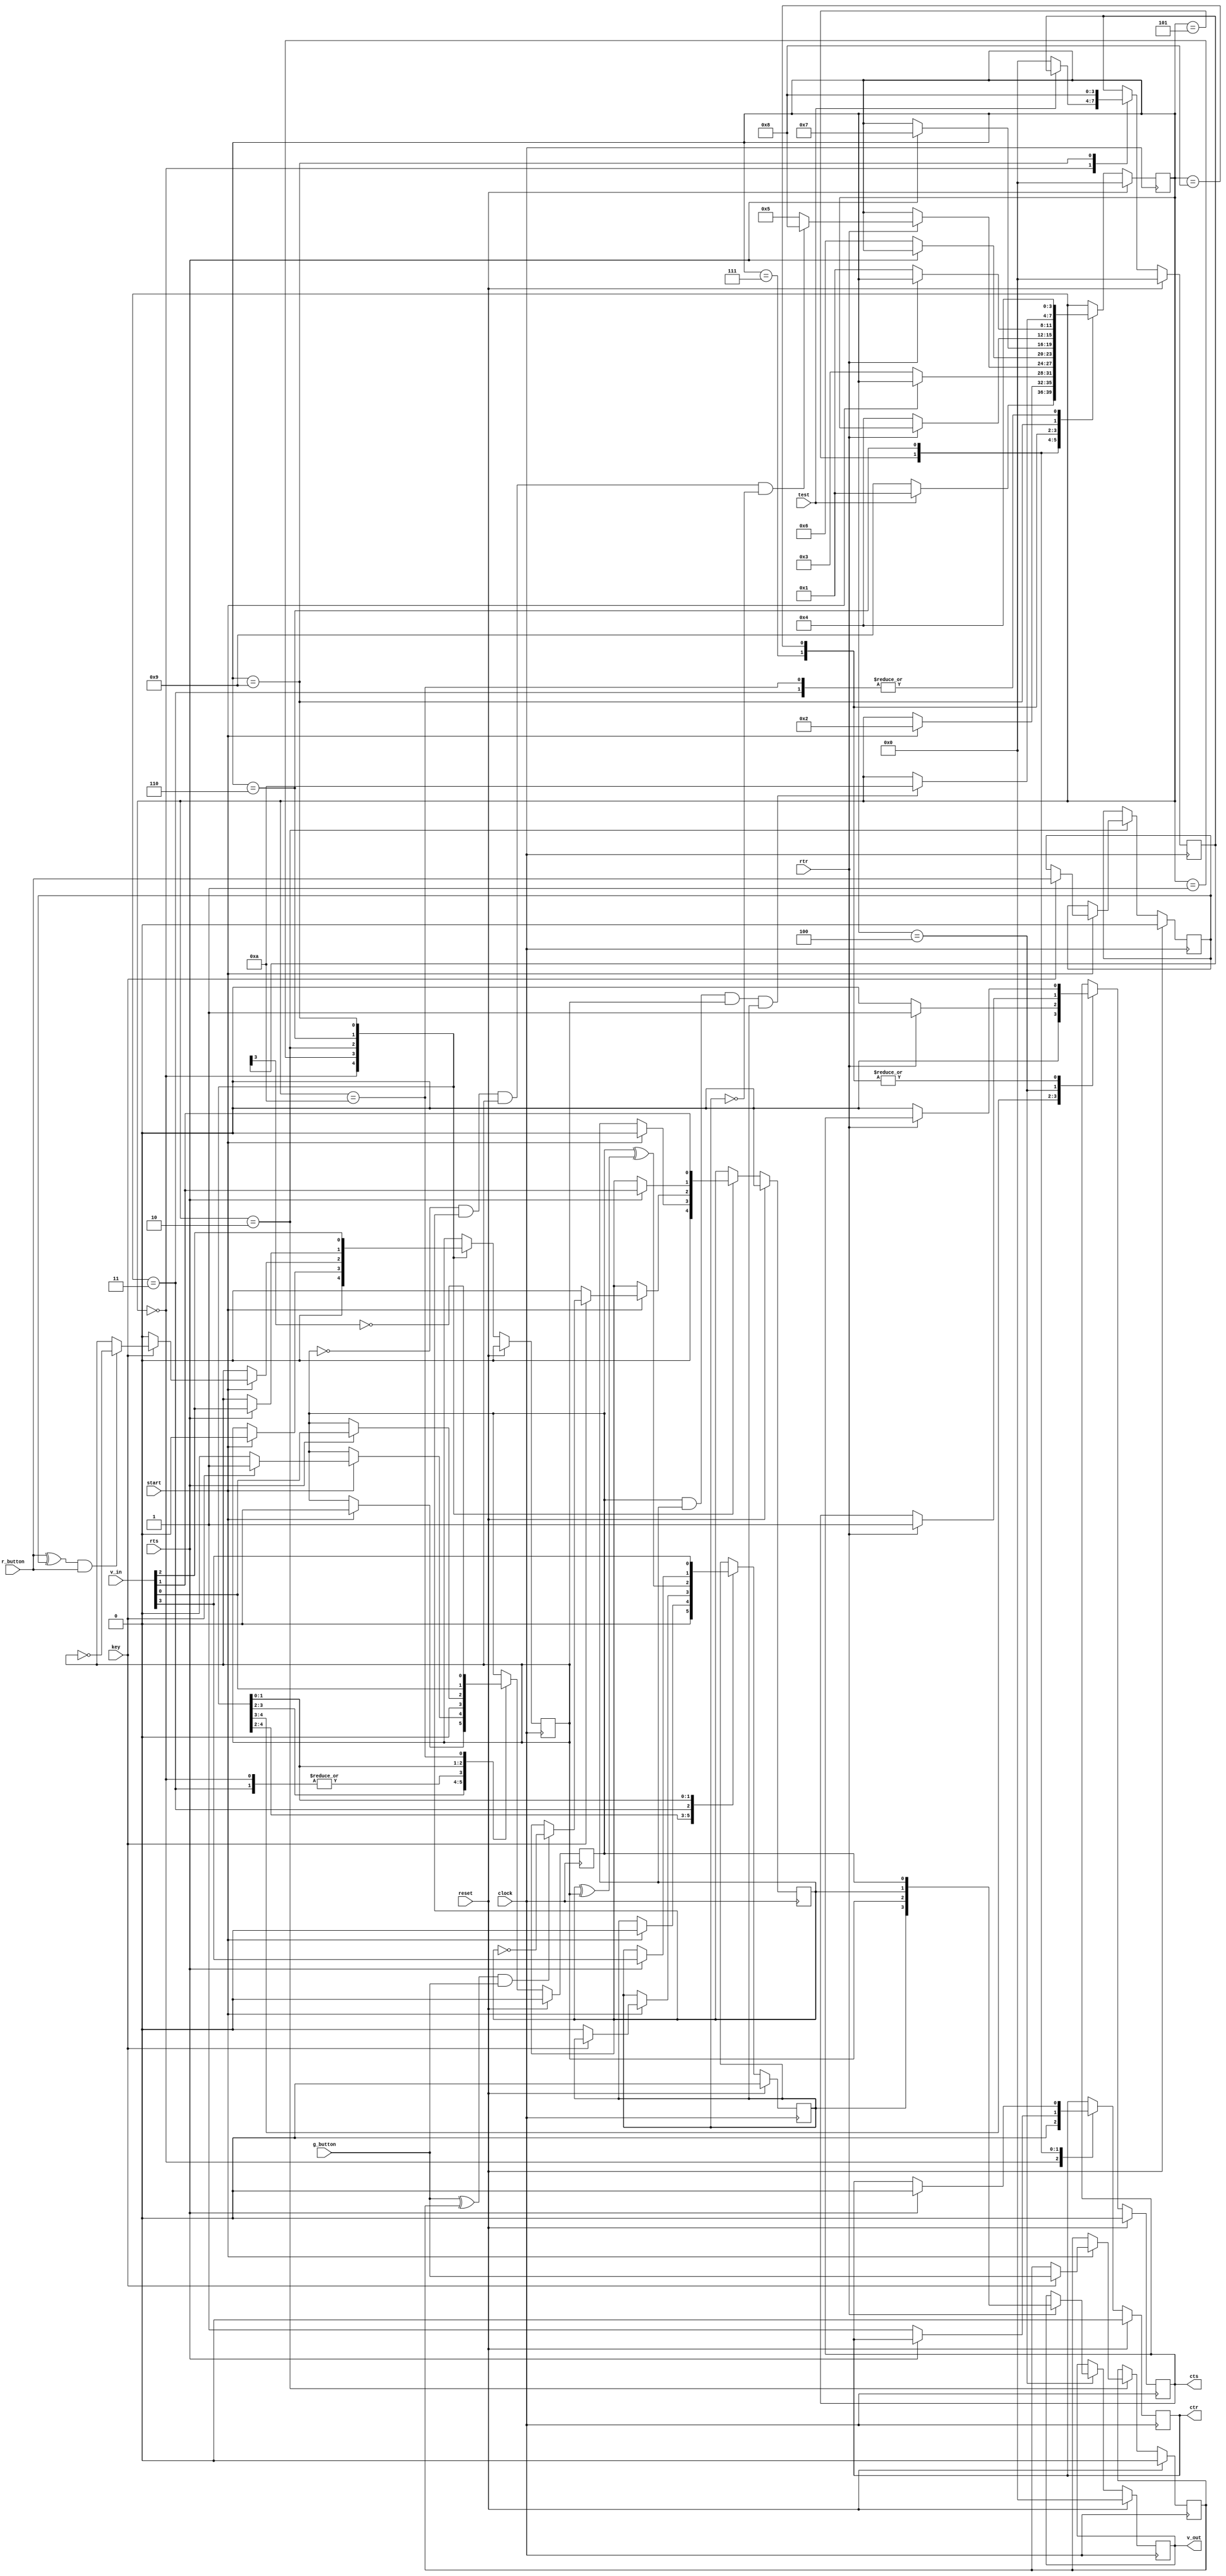

module b10(
	input	r_button ,
	input	g_button ,
	input	key      ,
	input	start    ,
	input	reset    ,
	input	test     ,
	output	reg cts      ,
	output	reg ctr      ,
	input	rts      ,
	input	rtr      ,
	input	clock    ,
	input [3:0]	v_in ,
	output reg [3:0]	v_out 
);

reg [3:0] stato ;
reg voto0,voto1,voto2,voto3;
reg [3:0] sign ;
reg last_g,last_r;


parameter STARTUP  = 4'b0000;
parameter STANDBY  = 4'b0001;
parameter GET_IN   = 4'b0010;
parameter START_TX = 4'b0011;
parameter SEND     = 4'b0100;
parameter TX_2_RX  = 4'b0101;
parameter RECEIVE  = 4'b0110;
parameter RX_2_TX  = 4'b0111;
parameter END_TX   = 4'b1000;
parameter TEST_1   = 4'b1001;
parameter TEST_2   = 4'b1010;



always@(posedge clock )
	if(reset == 1'b1)
		begin
			stato  <=  STARTUP;
			voto0  <=  1'b0;
			voto1  <=  1'b0;
			voto2  <=  1'b0;
			voto3  <=  1'b0;
			sign  <=  4'b0000;
			last_g  <=  1'b0;
			last_r  <=  1'b0;
			cts <= 1'b0;
			ctr <= 1'b0;
			v_out <= 4'b0000;
		end
	else
		case(stato)

		STARTUP:
			begin
					voto0  <=  1'b0;
				    voto1  <=  1'b0;
				    voto2  <=  1'b0;
				    voto3  <=  1'b0;
				    cts   <= 1'b0     ;
				    ctr   <= 1'b0     ;
				    if ( test == 1'b0 )
					begin
				       sign   <=  4'b0000 ;
				       stato  <=  TEST_1 ;
					end
				    else
					begin
				       voto0  <=  1'b0;
				       voto1  <=  1'b0;
				       voto2  <=  1'b0;
				       voto3  <=  1'b0;
				       stato  <=  STANDBY ;
					end
			end
			STANDBY:
			begin
					if(start == 1'b1)
					begin
				       voto0  <=  1'b0;
				       voto1  <=  1'b0;
				       voto2  <=  1'b0;
				       voto3  <=  1'b0;
				       stato  <=  GET_IN;
					end
				    if(rtr == 1'b1)
				       cts   <= 1'b1;
				    if(rtr == 1'b0)
				       cts <= 1'b0 ;
			end
			GET_IN:
				if(start == 1'b0)
					stato  <=  START_TX ;
				else if(key == 1'b1)
					begin
						voto0  <=  key ;
						if ((( g_button ^ last_g ) & ( g_button )) == 1'b1 )
							voto1  <=  ~voto1 ;
						if ((( r_button ^ last_r ) & ( r_button )) == 1'b1)
							voto2  <=  ~voto2 ;
						last_g  <=  g_button ;
						last_r  <=  r_button ;
					end
				else
					begin
				       voto0  <=  1'b0;
				       voto1  <=  1'b0;
				       voto2  <=  1'b0;
				       voto3  <=  1'b0;
					end
			START_TX:
			begin
				voto3  <=  voto0 ^ (voto1 ^ voto2);
				stato  <=  SEND;
				voto0  <=  1'b0;
			end
			SEND:
				if(rtr == 1'b1)
				begin
					v_out <= {voto3, voto2, voto1, voto0};
					//v_out[0] <= voto0 ;
					//v_out[1] <= voto1 ;
					//v_out[2] <= voto2 ;
					//v_out[3] <= voto3 ;
					cts <= 1'b1 ;
					if (voto0 == 1'b0 && voto1 == 1'b1 && voto2 == 1'b1 && voto3 == 1'b0)
					   stato  <=  END_TX ;
					else
					   stato  <=  TX_2_RX ;
				end
		   TX_2_RX:
				if(rts == 1'b0)
				begin
				       ctr <= 1'b1 ;
				       stato  <=  RECEIVE ;
				end
			RECEIVE:
				if(rts == 1'b1)
				begin
				       voto0  <=  v_in[0] ;
				       voto1  <=  v_in[1] ;
				       voto2  <=  v_in[2] ;
				       voto3  <=  v_in[3] ;
				       ctr <= 1'b0 ;
				       stato  <=  RX_2_TX ;
				end
			RX_2_TX:
				if(rtr == 1'b0)
				begin
				    cts <= 1'b0 ;
				    stato  <=  SEND ;
				end
			END_TX:
				if(rtr == 1'b0)
				begin
				    cts <= 1'b0 ;
                    stato  <=  STANDBY ;
				end

			TEST_1:
				begin
					voto0  <=  v_in[0] ;
				    voto1  <=  v_in[1] ;
				    voto2  <=  v_in[2] ;
				    voto3  <=  v_in[3] ;
				    sign  <=  4'b1000;
				    if(voto0 == 1'b1 && voto1 == 1'b1 && voto2 == 1'b1 && voto3 == 1'b1)
						stato  <=  TEST_2 ;
				end
			TEST_2:
				begin 
					voto0  <=  1'b1 ^ sign[0] ;
				    voto0  <=  1'b0 ^ sign[1] ;
				    voto0  <=  1'b0 ^ sign[2] ;
				    voto0  <=  1'b1 ^ sign[3] ;
				    stato  <=  SEND ;
				end
		endcase

endmodule